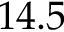
1 4 . 5